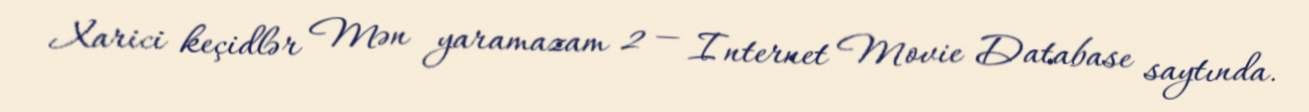
Xarici keçidlər Mən yaramazam 2 — Internet Movie Database saytında.